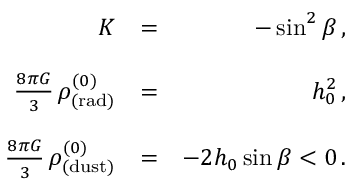
\begin{array} { r l r } { K } & { = } & { - \sin ^ { 2 } \beta \, , } \\ & { } & \\ { \frac { 8 \pi G } { 3 } \, \rho _ { \mathrm { ( r a d ) } } ^ { ( 0 ) } } & { = } & { h _ { 0 } ^ { 2 } \, , } \\ & { } & \\ { \frac { 8 \pi G } { 3 } \, \rho _ { \mathrm { ( d u s t ) } } ^ { ( 0 ) } } & { = } & { - 2 h _ { 0 } \sin \beta < 0 \, . } \end{array}